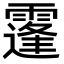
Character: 𩅛